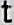
T